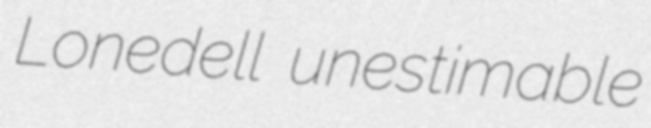
Lonedell unestimable